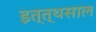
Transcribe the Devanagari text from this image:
इत्त्थसाल